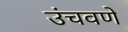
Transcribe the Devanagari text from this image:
उंचवणे